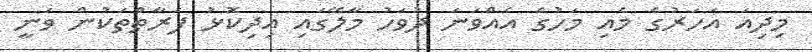
މިދިއަ އަހަރުގެ މެއި މަހުގެ އެއްވަނަ ދުވަހު މާލޭގައި އިދިކޮޅު ފަރާތްތަކުން ވަނީ